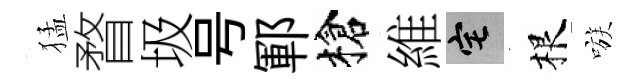
猛瞀圾号鄆槍維宅根嗾